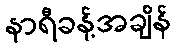
နာရီခန့်အချိန်